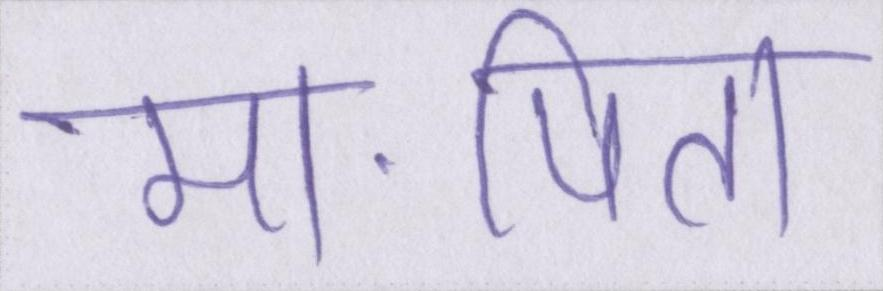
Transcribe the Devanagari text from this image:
मा-पिता